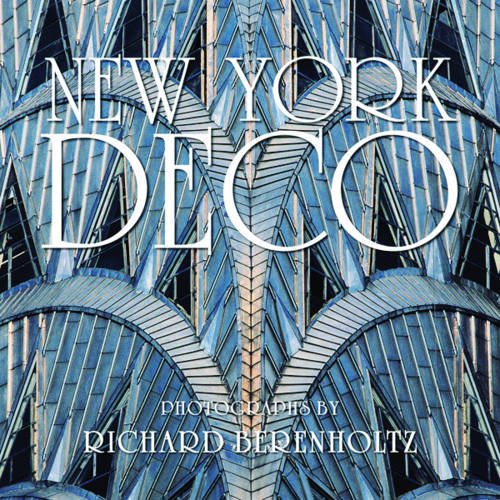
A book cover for New York Deco; Arts & Photography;